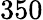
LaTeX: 350